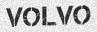
VOLVO